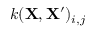
k ( \mathbf { X } , \mathbf { X ^ { \prime } } ) _ { i , j }